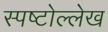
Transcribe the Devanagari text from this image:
स्पष्टोल्लेख